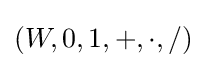
(W,0,1,+,\cdot ,/)